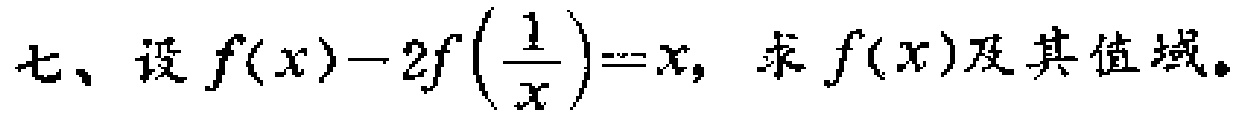
七、设\(f(x)-2f\left(\frac{1}{x}\right)=x\)，求\(f(x)\)及其值域。